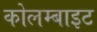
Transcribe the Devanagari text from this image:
कोलम्बाइट